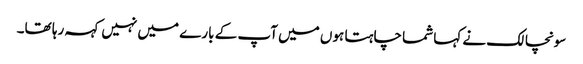
سونچالک نے کہا شما چاہتا ہوں میں آپ کے بارے میں نہیں کہہ رہا تھا۔